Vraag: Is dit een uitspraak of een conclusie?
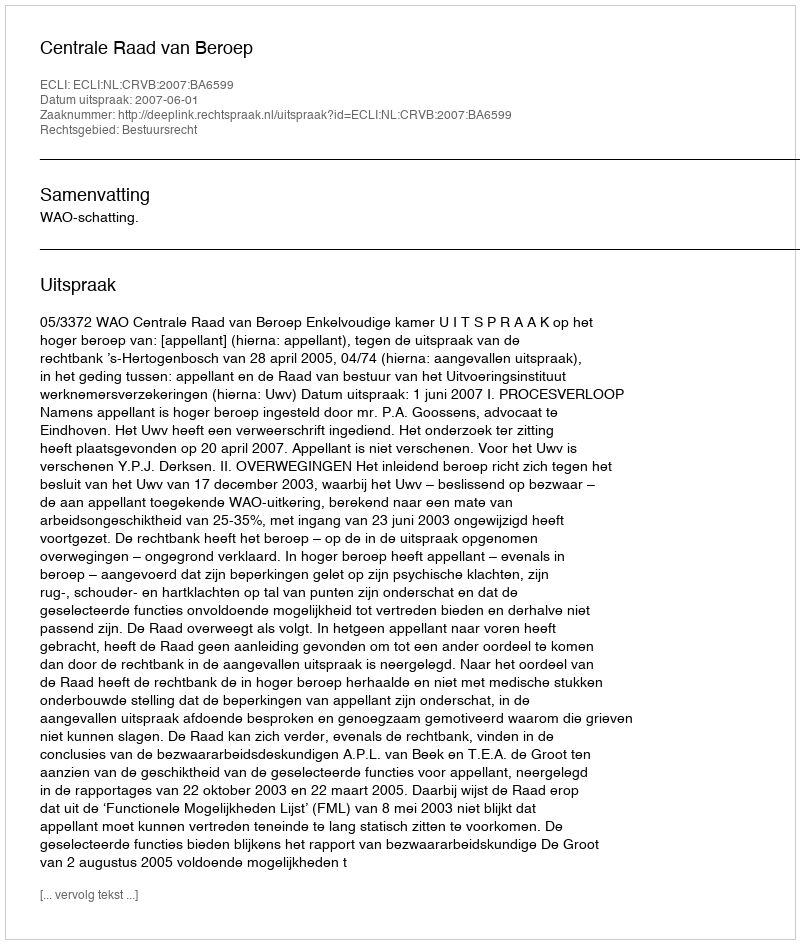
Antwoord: Uitspraak